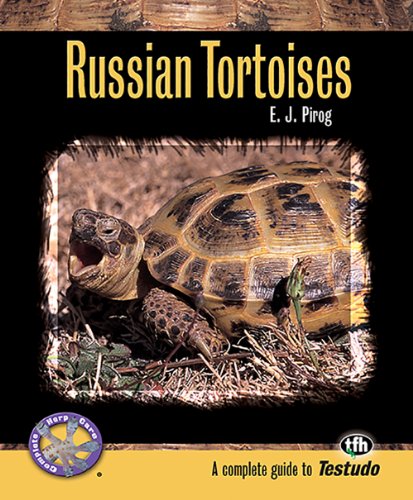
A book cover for Russian Tortoises (Complete Herp Care); E.J. Pirog; Crafts, Hobbies & Home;